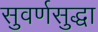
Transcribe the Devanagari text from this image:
सुवर्णसुद्धा